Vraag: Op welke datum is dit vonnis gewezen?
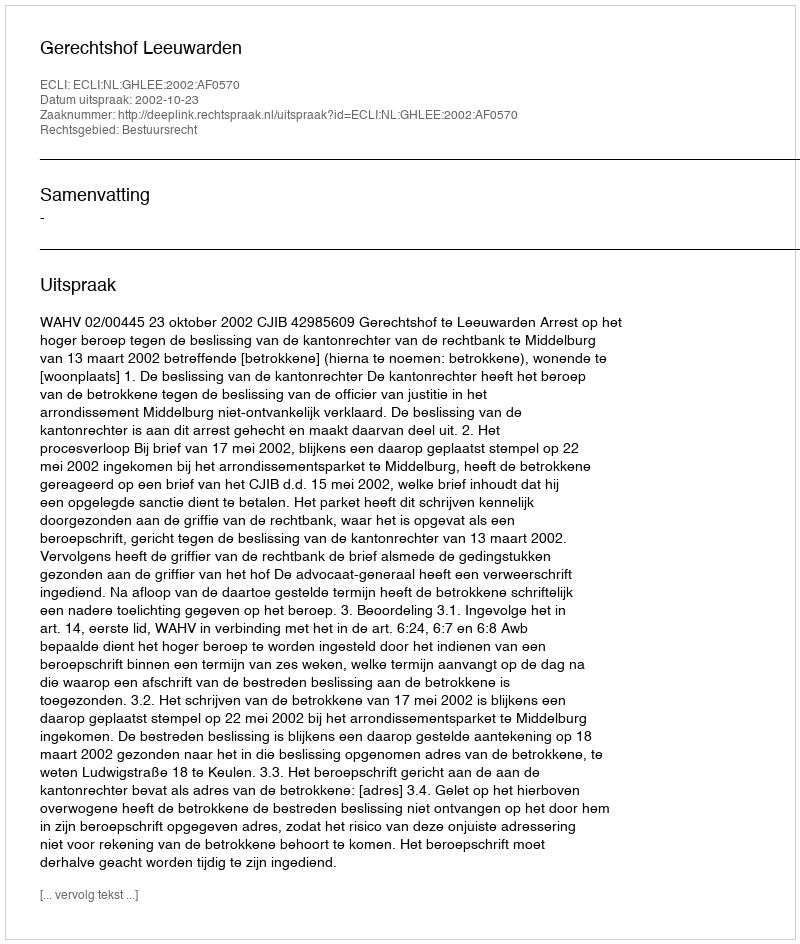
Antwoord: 2002-10-23